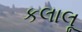
કલાલૂ